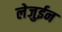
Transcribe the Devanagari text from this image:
लेजुईन